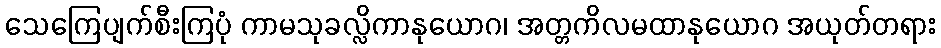
သေကြေပျက်စီးကြပုံ ကာမသုခလ္လိကာနုယောဂ၊ အတ္တကိလမထာနုယောဂ အယုတ်တရား